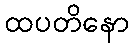
ထပတိနော